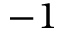
- 1